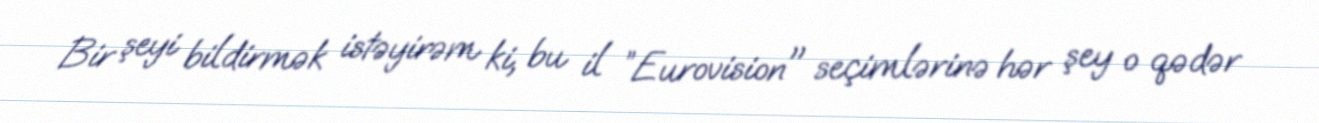
Bir şeyi bildirmək istəyirəm ki, bu il ”Eurovision" seçimlərinə hər şey o qədər